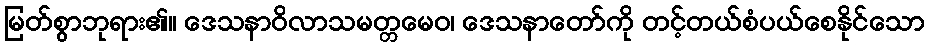
မြတ်စွာဘုရား၏။ ဒေသနာဝိလာသမတ္တမေဝ၊ ဒေသနာတော်ကို တင့်တယ်စံပယ်စေနိုင်သော